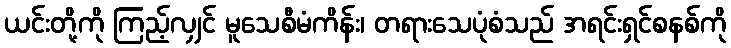
ယင်းတို့ကို ကြည့်လျှင် မူသေစီမံကိန်း၊ တရားသေပုံစံသည် အရင်းရှင်စနစ်ကို